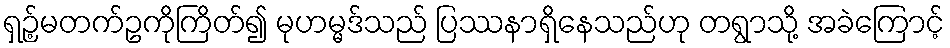
ရှဉ့်မတက်ဥကိုကြိတ်၍ မုဟမ္မဒ်သည် ပြဿနာရှိနေသည်ဟု တရွာသို့ အခဲကြောင့်